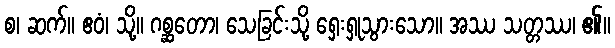
စ၊ ဆက်။ ဧဝံ၊ သို့။ ဂစ္ဆတော၊ သေခြင်းသို့ ရှေးရှုသွားသော။ အဿ သတ္တဿ၊ ၏။